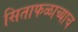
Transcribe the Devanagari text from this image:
सिताफळाच्याच